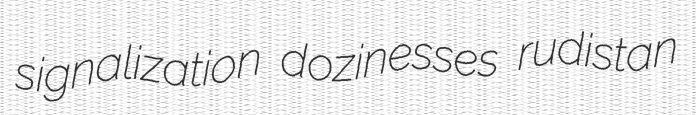
signalization dozinesses rudistan